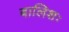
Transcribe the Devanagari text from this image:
बालिशः